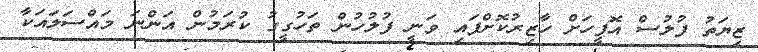
ޒިޔަތު ފުލުސް އޮފީހަށް ހާޒިރުކޮށްފައި ވަނީ ފުލުހުން ތަހުގީގު ކުރަމުން އަންނަ މައްސަލައަކާ